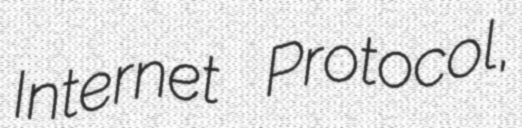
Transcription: Internet Protocol,